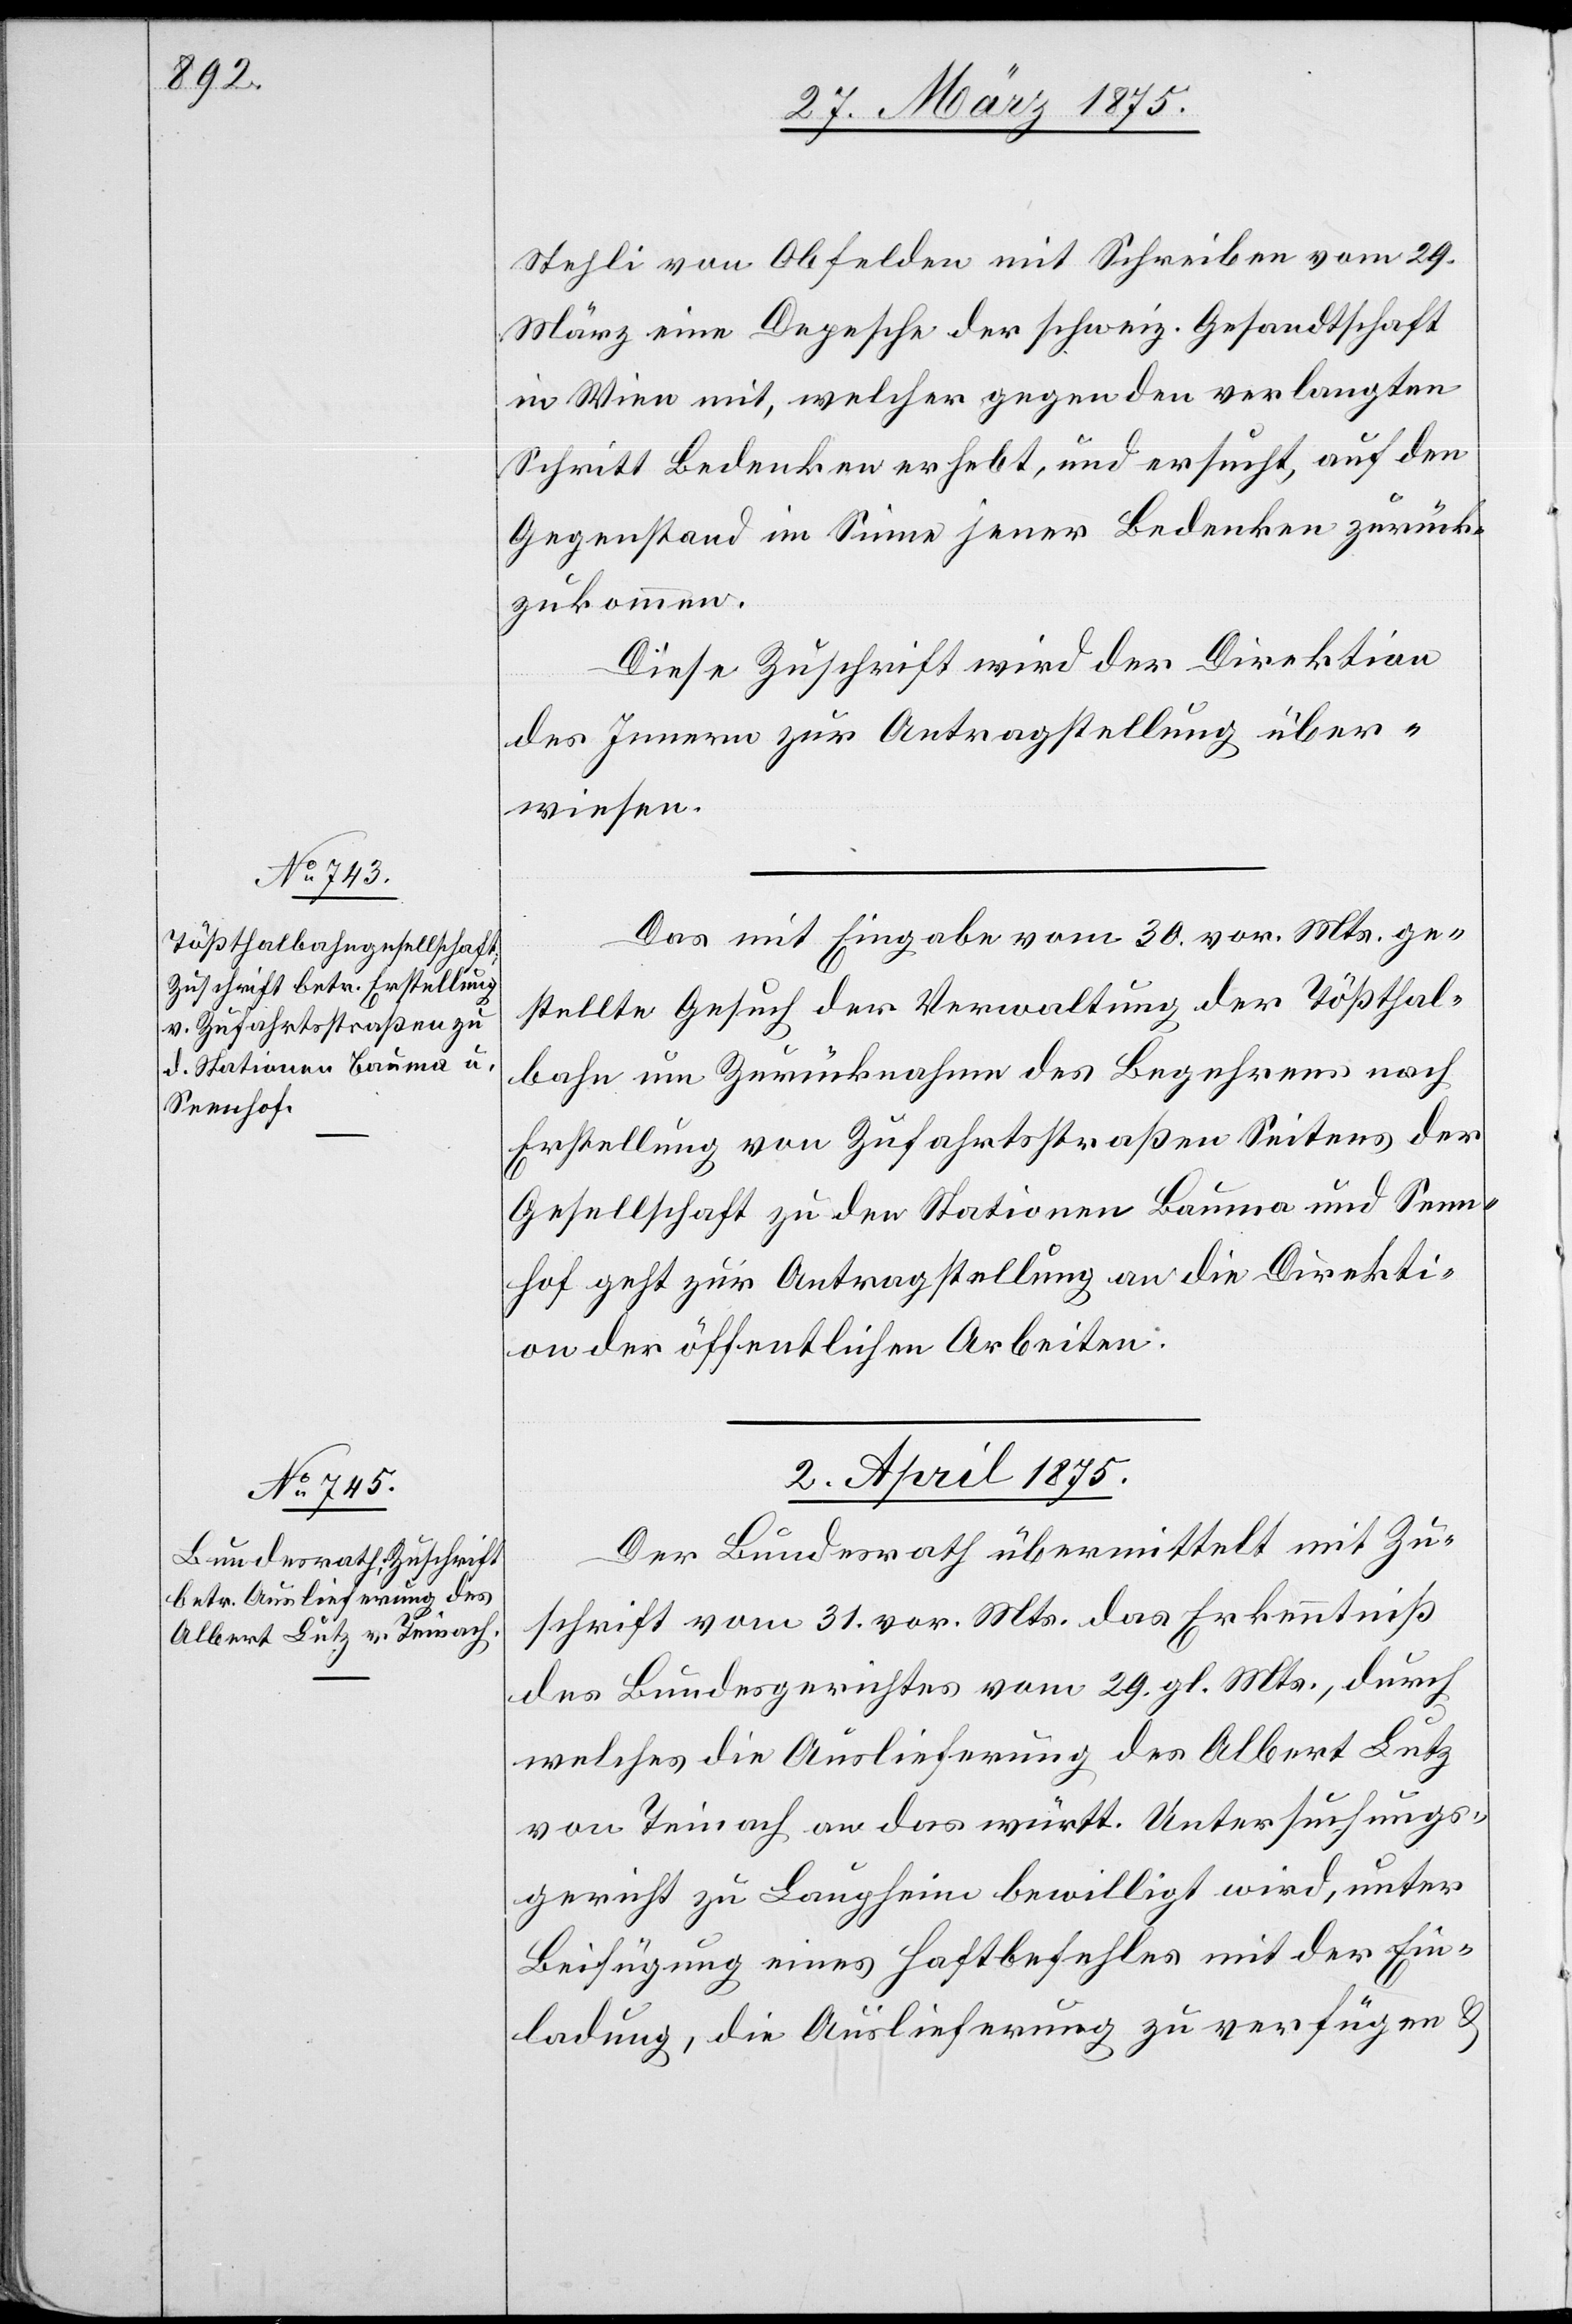
Stehli von Obfelden mit Schreiben vom 29.
März eine Depesche der schweiz. Gesandtschaft
in Wien mit, welcher gegen den verlangten
Schritt Bedenken erhebt, und ersucht, auf den
Gegenstand im Sinne jener Bedenken zurück¬
zukommen.
Diese Zuschrift wird der Direktion
des Innern zur Antragstellung über¬
wiesen.
Das mit Eingabe vom 30. vor. Mts. ge¬
stellte Gesuch der Verwaltung der Tößthal¬
bahn um Zurücknahme des Begehrens nach
Erstellung von Zufahrtsstraßen Seitens der
Gesellschaft zu den Stationen Bauma und Senn¬
hof geht zur Antragstellung an die Direkti¬
on der öffentlichen Arbeiten.
2. April 1875.
Der Bundesrath übermittelt mit Zu¬
schrift vom 31. vor. Mts. das Erkenntniß
des Bundesgerichtes vom 29. gl. Mts., durch
welches die Auslieferung des Albert Lutz
von Teinach an das württ. Untersuchungs¬
gericht zu Laupheim bewilligt wird, unter
Beifügung eines Haftbefehles mit der Ein¬
ladung, die Auslieferung zu verfügen &